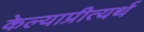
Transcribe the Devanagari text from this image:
केल्याप्रीत्यर्थ